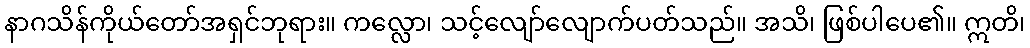
နာဂသိန်ကိုယ်တော်အရှင်ဘုရား။ ကလ္လော၊ သင့်လျော်လျောက်ပတ်သည်။ အသိ၊ ဖြစ်ပါပေ၏။ ဣတိ၊